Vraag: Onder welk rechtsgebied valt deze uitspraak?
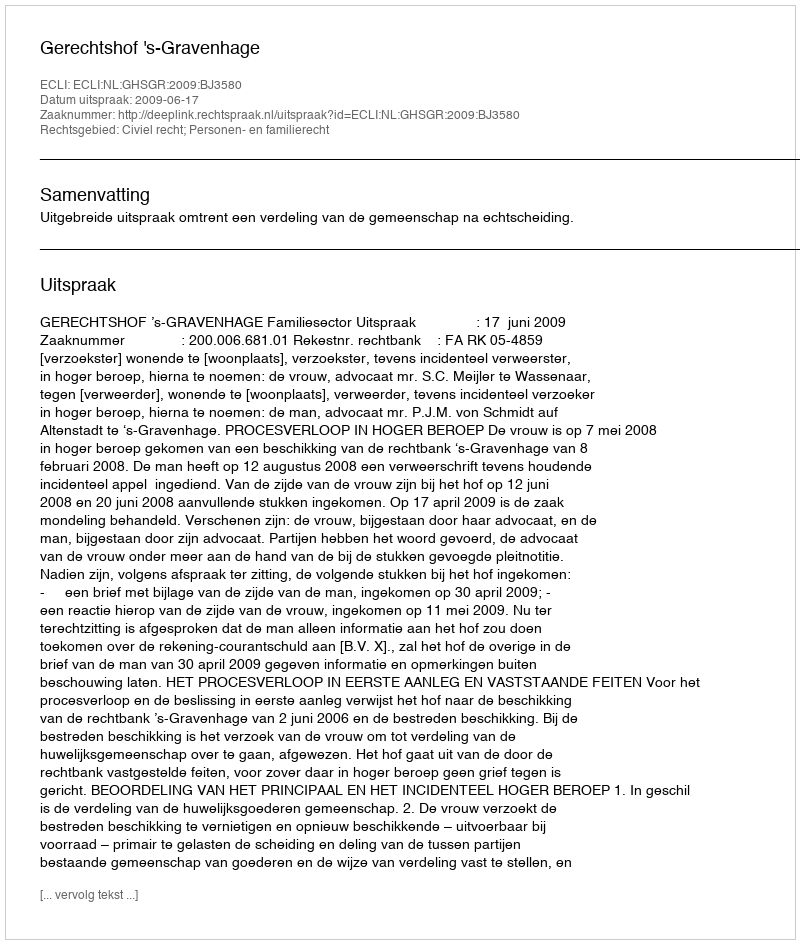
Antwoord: Civiel recht; Personen- en familierecht